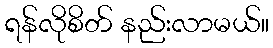
ရန်လိုစိတ် နည်းလာမယ်။